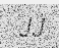
JJ